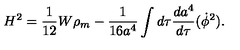
H ^ { 2 } = \frac { 1 } { 1 2 } W \rho _ { m } - \frac { 1 } { 1 6 a ^ { 4 } } \int d \tau \frac { d a ^ { 4 } } { d \tau } ( \dot { \phi } ^ { 2 } ) .